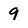
Character: 9